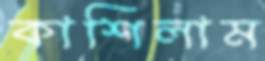
কাশিলাম